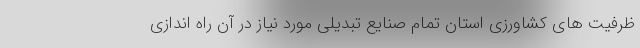
ظرفیت های کشاورزی استان تمام صنایع تبدیلی مورد نیاز در آن راه اندازی